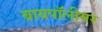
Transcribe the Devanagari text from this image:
बायपॉलीमर